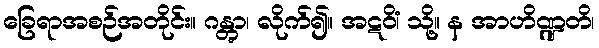
ခြေရာအစဉ်အတိုင်း။ ဂန္တွာ၊ လိုက်၍။ အဋဝိံ၊ သို့။ န အာဟိဏ္ဍတိ၊